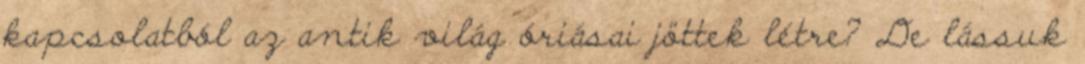
kapcsolatból az antik világ óriásai jöttek létre? De lássuk